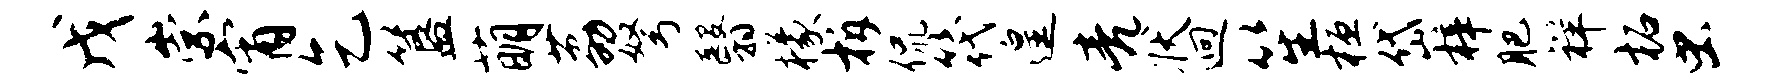
戊崇宵乞簋萌荔弩翳檬柝侃筏遑亮状迥笙桓岱梓肥祥柘虫